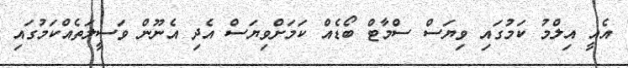
އެއީ އިލްމު ކަމުގައި ވިޔަސް ސްމާޓް ބޯޑެއް ކަމަށްވިޔަސް އެދި އެނޫން ވަސީލަތެއްކަމުގައި